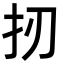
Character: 扨